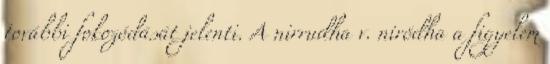
további fokozódását jelenti. A nirrudha v. niródha a figyelem